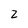
Character: 2